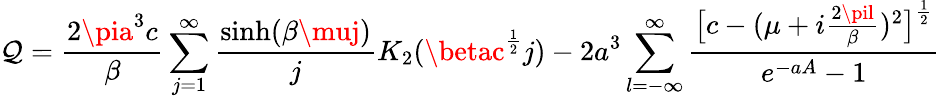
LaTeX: \mathcal{Q}=\frac{{2\pia^{3}c}}{{\beta}}\sum_{j=1}^{\infty}\frac{{\sinh(\beta\muj)}}{{j}}K_{2}(\betac^{\frac{{1}}{{2}}}j)-2a^{3}\sum_{l=-\infty}^{\infty}\frac{{\bigl[c-(\mu+i\frac{{2\pil}}{{\beta}})^{2}\bigr]^{\frac{{1}}{{2}}}}}{{e^{-aA}-1}}